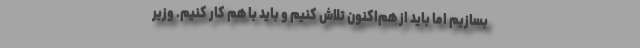
بسازیم اما باید از هم‌اکنون تلاش کنیم و باید با هم کار کنیم. وزیر